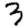
Digit: 3